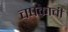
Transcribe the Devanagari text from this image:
चषकाची